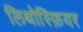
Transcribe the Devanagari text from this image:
लिथोस्फ़ियर